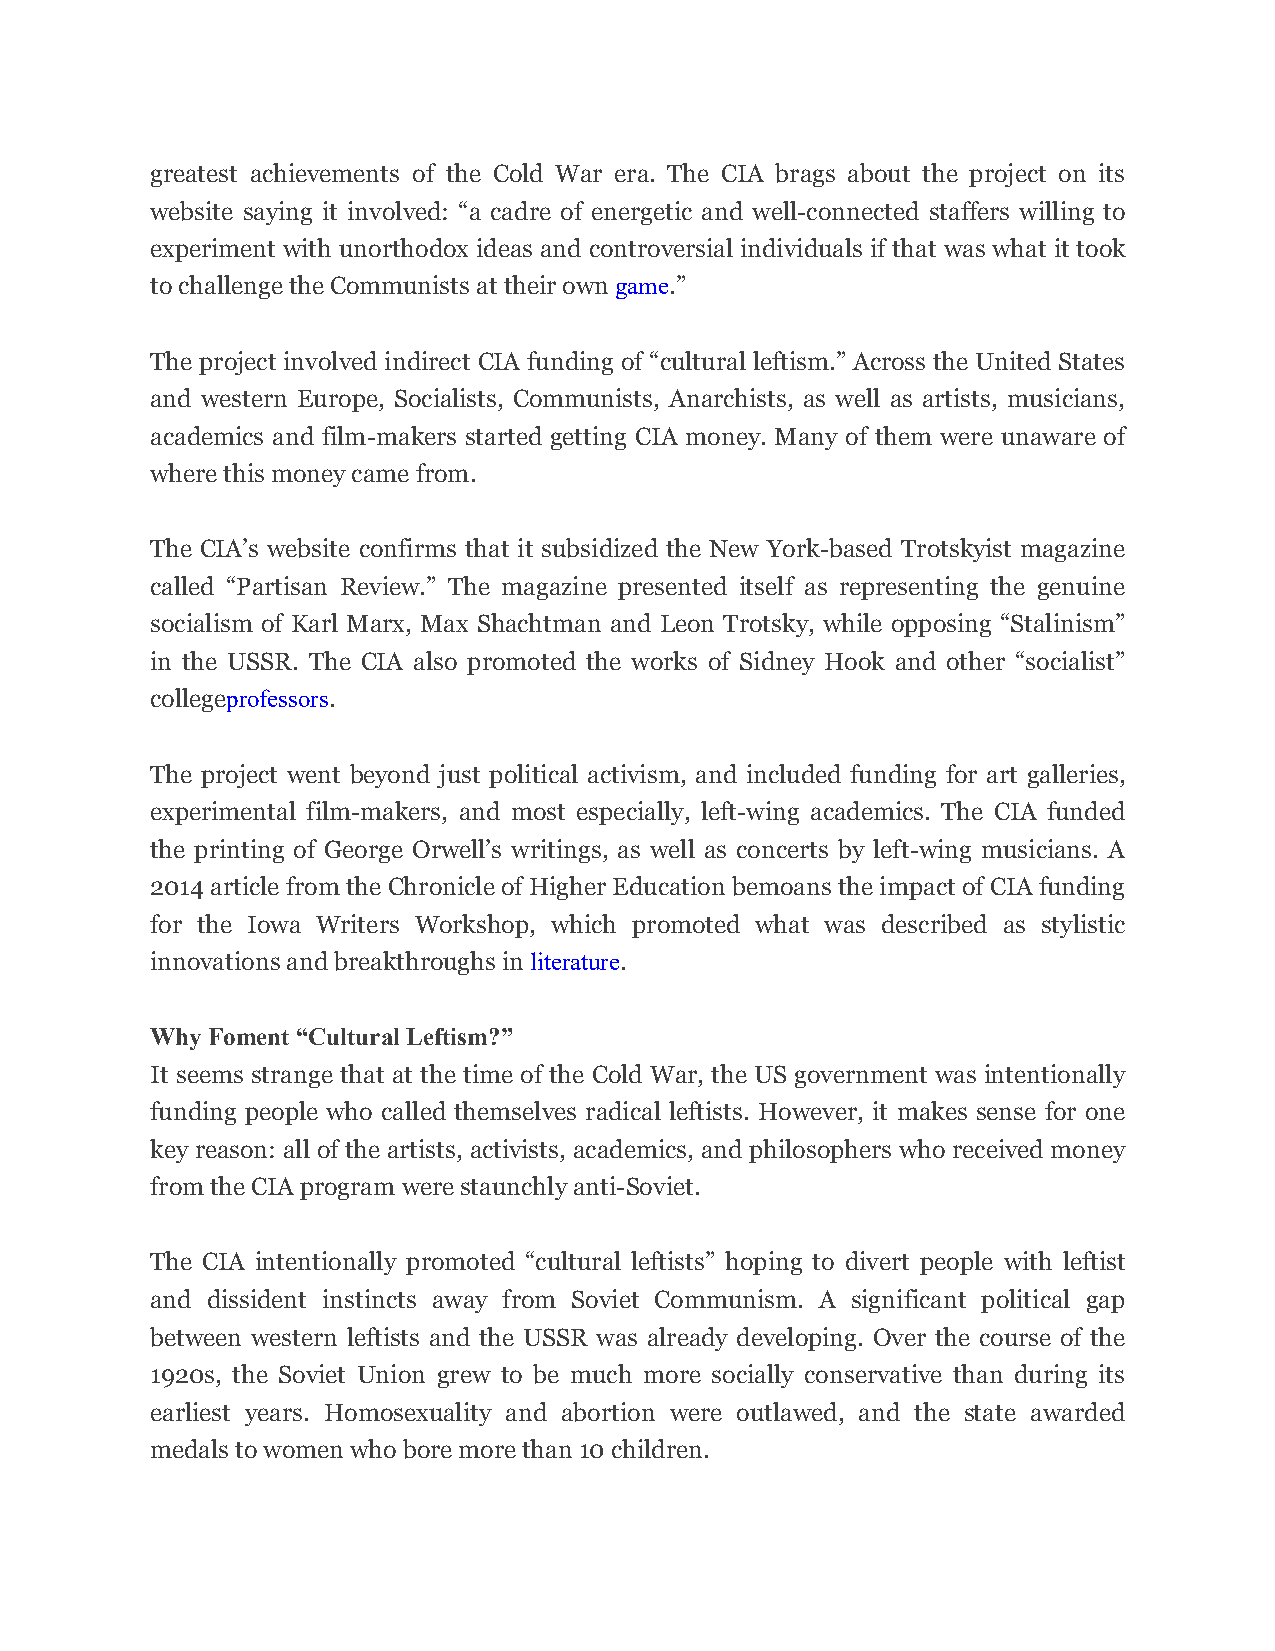
greatest achievements of the Cold War era. The CIA brags about the project on its
 website saying it involved: “a cadre of energetic and well-connected staffers willing to
 experiment with unorthodox ideas and controversial individuals if that was what it took
 to challenge the Communists at their own game.”
 The project involved indirect CIA funding of “cultural leftism.” Across the United States
 and western Europe, Socialists, Communists, Anarchists, as well as artists, musicians,
 academics and film-makers started getting CIA money. Many of them were unaware of
 where this money came from.
 The CIA’s website confirms that it subsidized the New York-based Trotskyist magazine
 called “Partisan Review.” The magazine presented itself as representing the genuine
 socialism of Karl Marx, Max Shachtman and Leon Trotsky, while opposing “Stalinism”
 in the USSR. The CIA also promoted the works of Sidney Hook and other “socialist”
 collegeprofessors.
 The project went beyond just political activism, and included funding for art galleries,
 experimental film-makers, and most especially, left-wing academics. The CIA funded
 the printing of George Orwell’s writings, as well as concerts by left-wing musicians. A
 2014 article from the Chronicle of Higher Education bemoans the impact of CIA funding
 for the Iowa Writers Workshop, which promoted what was described as stylistic
 innovations and breakthroughs in literature.
 Why Foment “Cultural Leftism?”
 It seems strange that at the time of the Cold War, the US government was intentionally
 funding people who called themselves radical leftists. However, it makes sense for one
 key reason: all of the artists, activists, academics, and philosophers who received money
 from the CIA program were staunchly anti-Soviet.
 The CIA intentionally promoted “cultural leftists” hoping to divert people with leftist
 and dissident instincts away from Soviet Communism. A significant political gap
 between western leftists and the USSR was already developing. Over the course of the
 1920s, the Soviet Union grew to be much more socially conservative than during its
 earliest years. Homosexuality and abortion were outlawed, and the state awarded
 medals to women who bore more than 10 children.